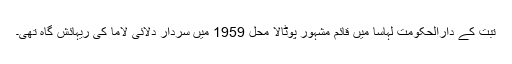
تبت کے دارالحکومت لہاسا میں قائم مشہور پوٹالا محل 1959 میں سردار دلائی لاما کی ریہائش گاہ تھی۔